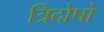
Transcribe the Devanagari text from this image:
त्रिदोषो